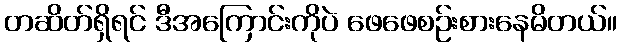
တဆိတ်ရှိရင် ဒီအကြောင်းကိုပဲ ဖေဖေစဉ်းစားနေမိတယ်။